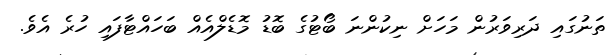
ތަނުގައި ދަރިވަރުން މަހަށް ނިކުންނަ ބޯޓުގެ ބޮޑު މޮޑެލްއެއް ބަހައްޓާފައި ހުރެ އެވެ.